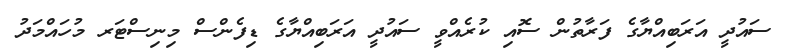
ސައުދީ އަރަބިއްޔާގެ ފަރާތުން ސޮއި ކުރެއްވީ ސައުދީ އަރަބިއްޔާގެ ޑިފެންސް މިނިސްޓަރ މުހައްމަދު